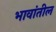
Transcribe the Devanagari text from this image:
भावांतील